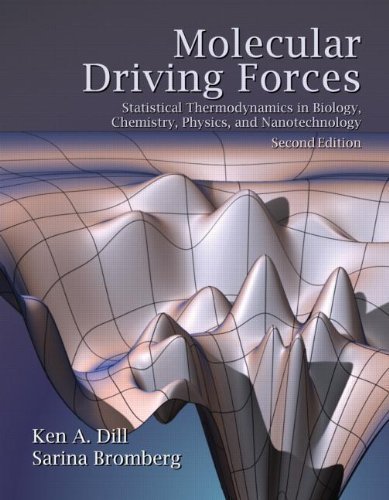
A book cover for Molecular Driving Forces: Statistical Thermodynamics in Biology, Chemistry, Physics, and Nanoscience by Dill, Ken, Bromberg, Sarina 2nd (second) Edition [Paperback(2010)]; Science & Math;